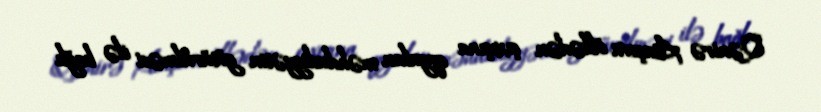
Qənirə Ataşova ölkədən çıxışına qoyulan məhdudiyyətin götürülməsi ilə bağlı